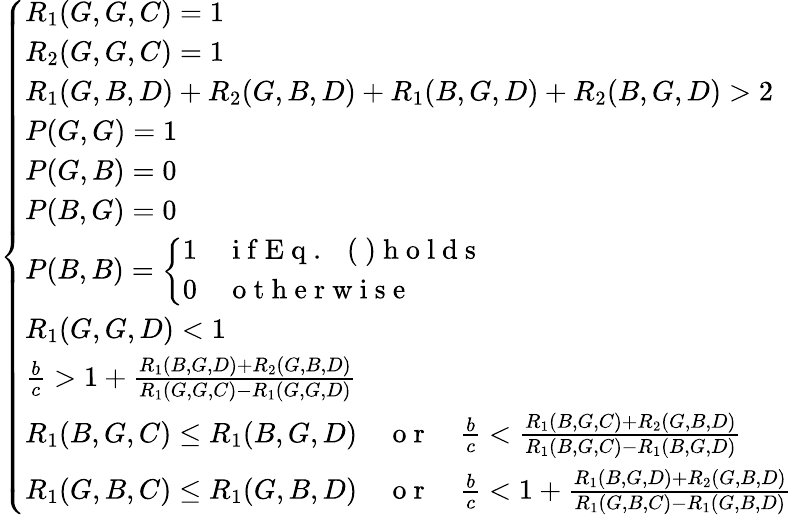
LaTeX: \begin{array}{r}{\left\{ \begin{array}{ll}{R_{1}(G,G,C)=1}\\ {R_{2}(G,G,C)=1}\\ {R_{1}(G,B,D)+R_{2}(G,B,D)+R_{1}(B,G,D)+R_{2}(B,G,D)>2}\\ {P(G,G)=1}\\ {P(G,B)=0}\\ {P(B,G)=0}\\ {P(B,B)=\left\{ \begin{array}{ll}{1}&{\mathrm{~i~f~E~q~.~~~(~)~h~o~l~d~s~}}\\ {0}&{\mathrm{~o~t~h~e~r~w~i~s~e~}}\end{array}\right.}\\ {R_{1}(G,G,D)<1}\\ {\frac{b}{c}>1+\frac{R_{1}(B,G,D)+R_{2}(G,B,D)}{R_{1}(G,G,C)-R_{1}(G,G,D)}}\\ {R_{1}(B,G,C)\leq R_{1}(B,G,D){\quad\mathrm{~o~r~}\quad}\frac{b}{c}<\frac{R_{1}(B,G,C)+R_{2}(G,B,D)}{R_{1}(B,G,C)-R_{1}(B,G,D)}}\\ {R_{1}(G,B,C)\leq R_{1}(G,B,D){\quad\mathrm{~o~r~}\quad}\frac{b}{c}<1+\frac{R_{1}(B,G,D)+R_{2}(G,B,D)}{R_{1}(G,B,C)-R_{1}(G,B,D)}}\end{array}\right.}\end{array}